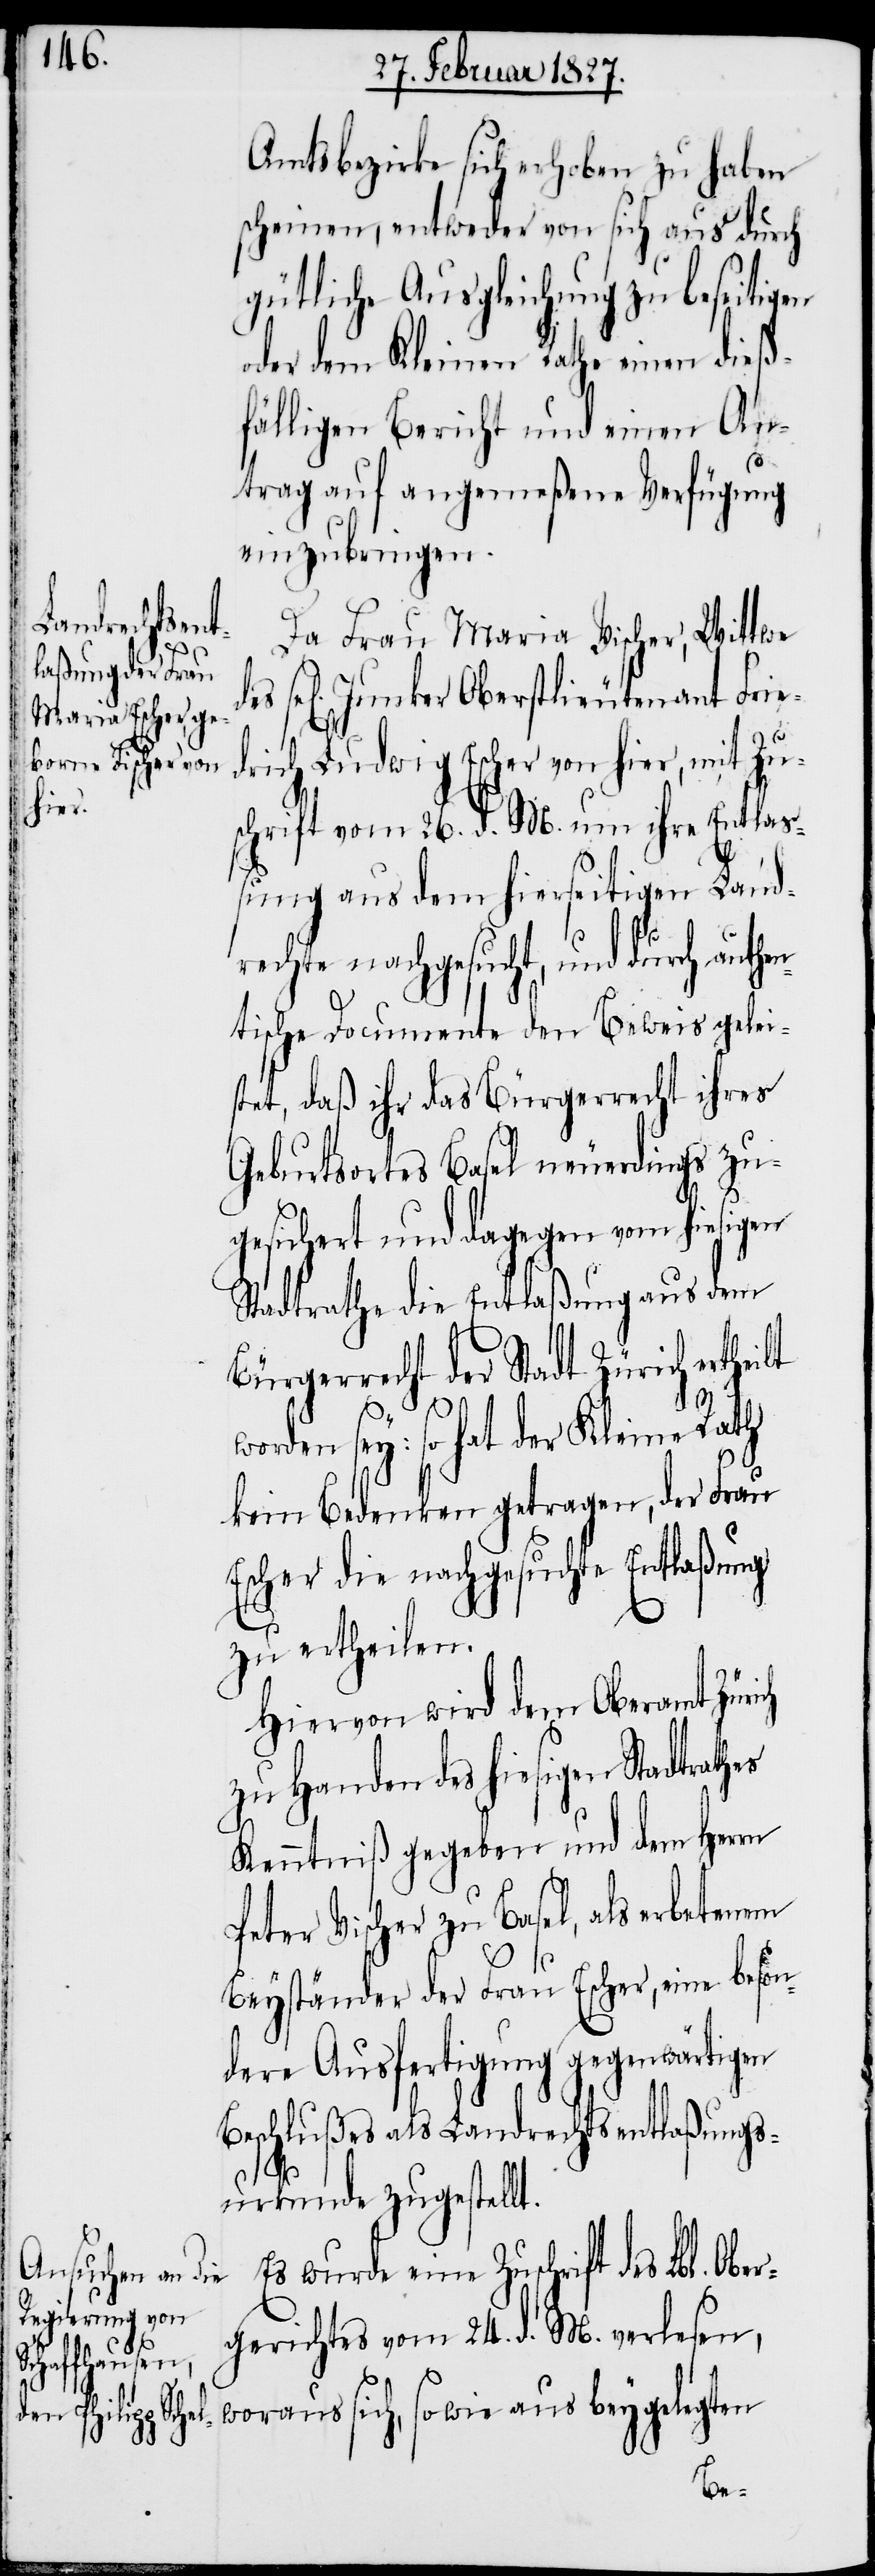
des se¬
er, mit Zu¬

Amtsbezirke sich erhoben zu haben
scheinen, entweder von sich aus durch
gütliche Ausgleichung zu beseitigen
oder dem Kleinen Rathe einen dieß¬
fälligen Bericht und einen An¬
trag auf angemeßene Verfügung
einzubringen.
Da Frau Maria Vischer [sic!],
l[igen] Junker Oberstlieutenant Fried¬
rich Ludwig Escher von hi¬
schrift vom 26. d. M. um ihre Entla¬
ßung aus dem hierseitigen Land¬
rechte nachgesucht, und durch authe¬
ntische Documente den Beweis gelei¬
stet, daß ihr das Bürgerrecht ihres
Geburtsortes Basel neuerdings zu¬
gesichert und dagegen vom hiesigen
Stadtrathe die Entlaßung aus dem
Bürgerrecht der Stadt Zürich ertheilt
es
worden sey: so hat der Kleine Rath
kein Bedenken getragen, der Frau
Escher die nachgesuchte Entlaßung
zu ertheilen.
Hiervon wird dem Oberamt Zürich
zu Handen des hiesigen Stadtrath¬
Kenntniß gegeben und dem Herrn
Peter Vischer zu Basel, als erbetenem
Beyständer der Frau Escher, eine beson¬
dere Ausfertigung gegenwärtigen
Beschlußes als Landrechtsentlaßungs¬
urkunde zugestellt.
wurde eine Zuschrift des Lbl.
gerichtes vom 24. d. M. verlesen,
woraus sich, so wie aus beygelegten
Ober¬